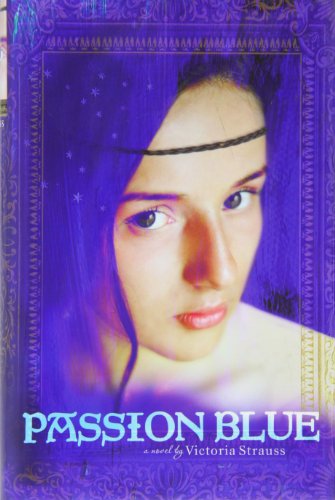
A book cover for Passion Blue (A Passion Blue Novel); Victoria Strauss; Teen & Young Adult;